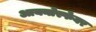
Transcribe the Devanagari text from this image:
आयनोस्फेयर